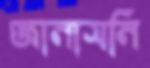
জানাসনি